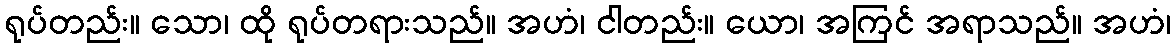
ရုပ်တည်း။ သော၊ ထို ရုပ်တရားသည်။ အဟံ၊ ငါတည်း။ ယော၊ အကြင် အရာသည်။ အဟံ၊